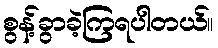
စွန့်ခွာခဲ့ကြရပါတယ်။